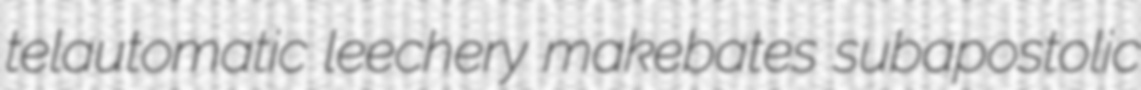
telautomatic leechery makebates subapostolic